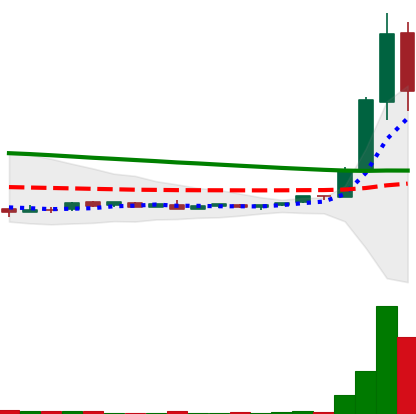
Ticker: DOGE-USD
Chart end date: 2018-09-02
Forward return: 6.161%
Label: up_5_7